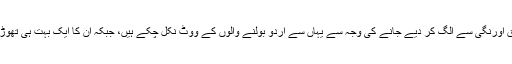
تجزیہ نگاروں کے مطابق اورنگی سے الگ کر دیے جانے کی وجہ سے یہاں سے اردو بولنے والوں کے ووٹ نکل چکے ہیں، جبکہ ان کا ایک بہت ہی تھوڑا ووٹ یہاں باقی بچا ہے۔